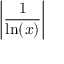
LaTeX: \left| { \frac { 1 } { \ln ( x ) } } \right|